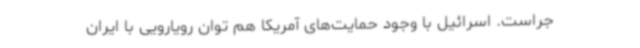
جراست. اسرائیل با وجود حمایت‌های آمریکا هم توان رویارویی با ایران